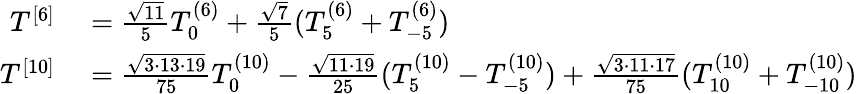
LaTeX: \begin{array}{rl}{T^{[6]}}&{{}=\frac{\sqrt{11}}{5}T_{0}^{(6)}+\frac{\sqrt{7}}{5}(T_{5}^{(6)}+T_{-5}^{(6)})}\\ {T^{[10]}}&{{}=\frac{\sqrt{3\cdot 13\cdot 19}}{75}T_{0}^{(10)}-\frac{\sqrt{11\cdot 19}}{25}(T_{5}^{(10)}-T_{-5}^{(10)})+\frac{\sqrt{3\cdot 11\cdot 17}}{75}(T_{10}^{(10)}+T_{-10}^{(10)})}\end{array}